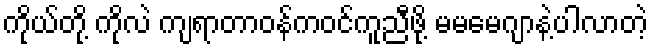
ကိုယ်တို့ ကိုလဲ ကျရာတာဝန်ကဝင်ကူညီဖို့ မမမေဂျာနဲ့ပါလာတဲ့